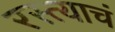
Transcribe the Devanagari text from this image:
रस्त्याचं